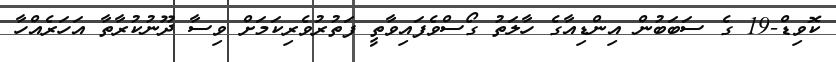
ކޮވިޑް-19 ގެ ސަބަބުން އިންޑިއާގެ ހާލަތު ގޯސްވެފައިވާތީ ފަތުރުވެރިކަމަށް ވިސާ ދޫނުކުރާތާ އަހަރެއްހާ